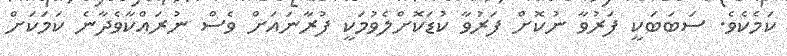
ކަމެކެވެ. ސަބަބަކީ ފަރުވާ ނުކޮށް ފަރުވާ ކުޑަކޮށްލެވުމަކީ ފުރާނައަށް ވެސް ނުރައްކާވެދާނެ ކަމަކަށް